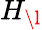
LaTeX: H_{\l}